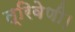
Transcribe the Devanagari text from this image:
त्रिवेणी।